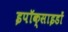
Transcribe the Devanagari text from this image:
इपॉक्साइडों